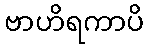
ဗာဟိရကာပိ